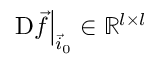
\left. \mathrm { D } \vec { f } \right| _ { \vec { i } _ { 0 } } \in \mathbb { R } ^ { l \times l }